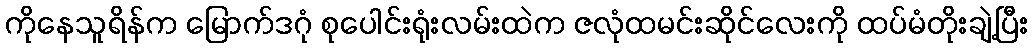
ကိုနေသူရိန်က မြောက်ဒဂုံ စုပေါင်းရုံးလမ်းထဲက ဇလုံထမင်းဆိုင်လေးကို ထပ်မံတိုးချဲ့ပြီး